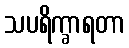
သပရိက္ခာရတာ